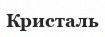
Кристаль